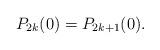
LaTeX: \begin{align*}P_{2k}(0)=P_{2k+1}(0). \end{align*}